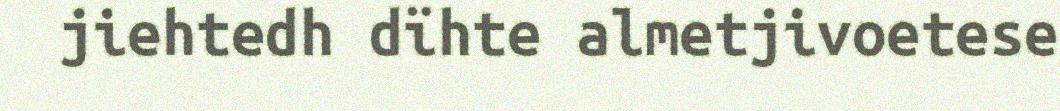
jiehtedh dïhte almetjivoetese